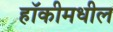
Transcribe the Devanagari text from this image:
हॉकीमधील